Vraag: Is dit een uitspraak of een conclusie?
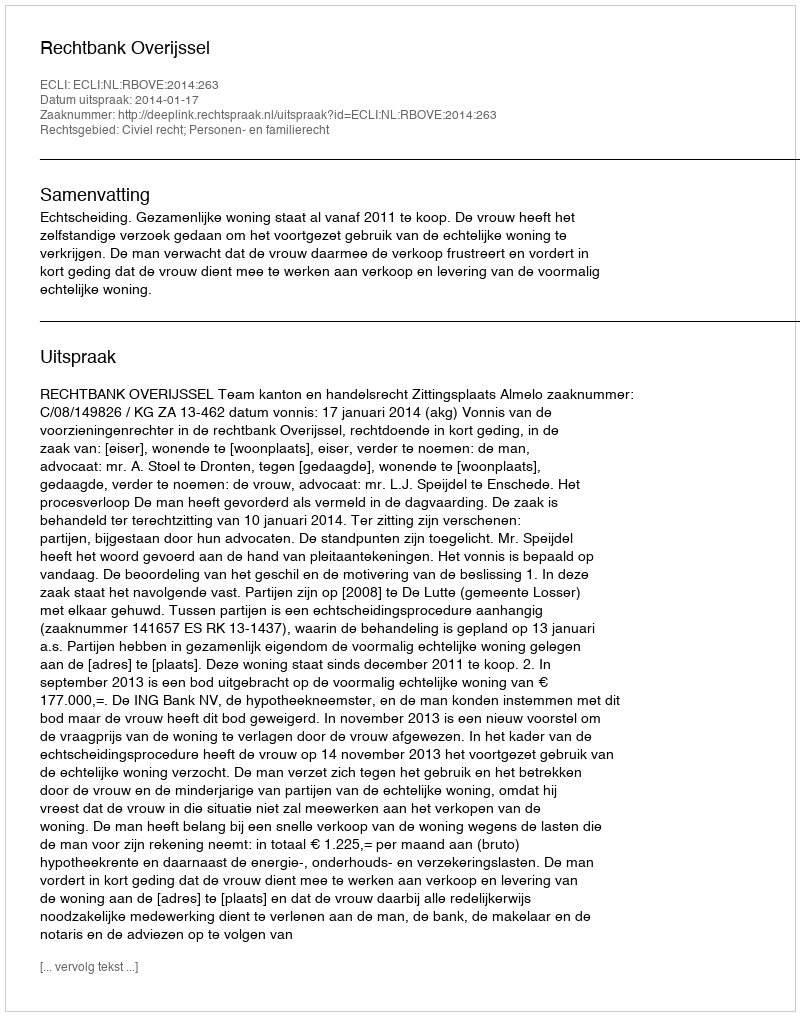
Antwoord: Uitspraak